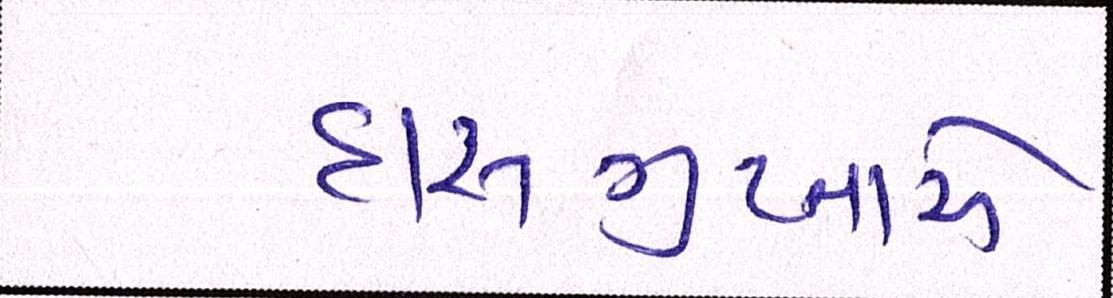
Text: દાસગુપ્તાએ